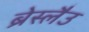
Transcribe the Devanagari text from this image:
ब्रेस्लैउ